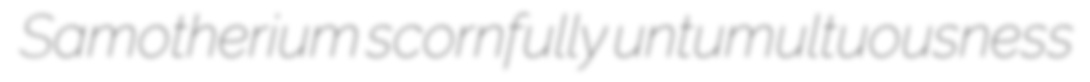
Samotherium scornfully untumultuousness